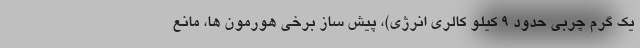
یک گرم چربی حدود 9 کیلو کالری انرژی)، پیش ساز برخی هورمون ها، مانع